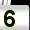
Digit: 5